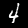
Digit: 4